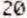
20